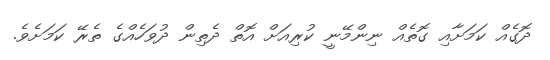
ދޮގެއް ކަމަށާއި ގޮތެއް ނިންމޭނީ ކުރިއަށް އޮތް ދެތިން ދުވަހެއްގެ ތެރޭ ކަމަށެވެ.